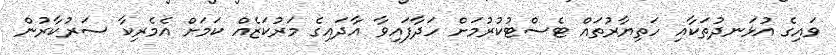
ވައިގެ އުޅަނދުތަކާއި ހަތިޔާރުތައް ޓެސްޓުކުރުމަށް ހަދާފައިވާ އާދައިގެ މަރުކަޒެއް ކަމަށް އެމެރިކާ ސަރުކާރުން